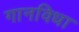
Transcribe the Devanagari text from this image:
गानविधा